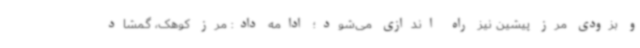
و بزودی مرز پیشین نیز راه اندازی می‌شود؛ ادامه داد: مرز کوهک، گمشاد